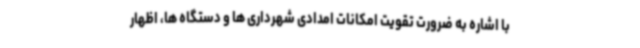
با اشاره به ضرورت تقویت امکانات امدادی شهرداری ها و دستگاه ها، اظهار